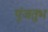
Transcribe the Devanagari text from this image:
पुंजतुभ